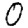
Digit: 0